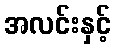
အလင်းနှင့်